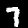
Digit: 7